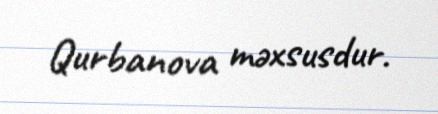
Qurbanova məxsusdur.